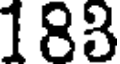
183